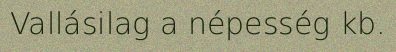
Vallásilag a népesség kb.